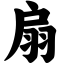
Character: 扇